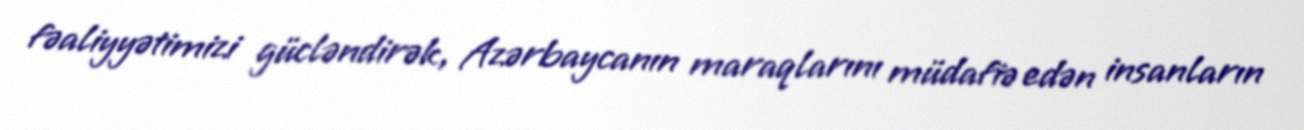
fəaliyyətimizi gücləndirək, Azərbaycanın maraqlarını müdafiə edən insanların